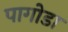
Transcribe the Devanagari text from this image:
पागोडा